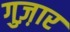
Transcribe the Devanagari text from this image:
गुज़़ार